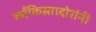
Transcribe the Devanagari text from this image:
काँकिस्तादोरांनी